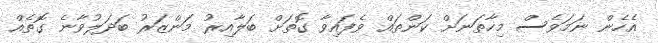
އެހެން ނަމަވެސް މިހާތަނަށް ކަންތައް ވެފައިވާ ގޮތަށް ބަލާއިރު މަންޒަރު ބަދަލުވާނެ ގޮތެއް